system: You are a helpful assistant.
user:
Analyze the provided spectrum to determine if it is a **"Cataclysmic Variables (CV)"**.

- **Key Indicators for CV (Check for either state):**
    - **State 1: Quiescent / Low-State (Emission-Dominated)**
        - **(Primary):** Strong and *very broad* Hydrogen Balmer emission lines (e.g., $H\alpha$ at 6563 Å, $H\beta$ at 4861 Å). The 'broadness' (high velocity dispersion, often FWHM > 1000 km/s) is the key diagnostic, indicating a high-velocity accretion disk.
        - **(Secondary):** Broad neutral Helium (He I) emission lines (e.g., 5876 Å, 6678 Å).
        - **(Key Confirmation):** Presence of high-excitation *ionized* Helium (He II) emission at 4686 Å. This is a strong indicator of accretion onto a white dwarf.
        - **(Line Profile):** Emission lines may exhibit a 'double-peaked' profile, which is a classic signature of a rotating accretion disk viewed at high inclination.

    - **State 2: Outburst / High-State (Absorption-Dominated)**
        - **(Primary):** Spectrum is dominated by a bright, blue continuum (looks like a hot star).
        - **(Secondary):** The emission lines from State 1 are weak, absent, or 'filled in', and are replaced by broad, shallow *absorption* lines (primarily Balmer and He I).
        - **(Morphology):** The overall spectrum mimics a hot B/A-type star. The crucial difference is that the absorption lines are significantly broader, shallower, and more 'washed-out' (or 'smeared') than the sharp lines of a normal stellar photosphere, due to high rotational speeds and pressure broadening in the disk.

Think first, call **spectral_visualization_tool** if needed to examine features in detail, then provide your final answer. Your response must adhere to the following strict rules:
1.  **Overall Structure:** Your response must follow the format `<think>...</think> <tool_call>...</tool_call> (if a tool is used) <answer>...</answer>`.
2.  **Tool Usage Constraint:** You may only make **one** tool call per turn.
3.  **Final Answer Format:** In the `<answer>` tag, your conclusion must be inside a `\boxed{}` command (e.g., `\boxed{YES}`), followed by your justification.

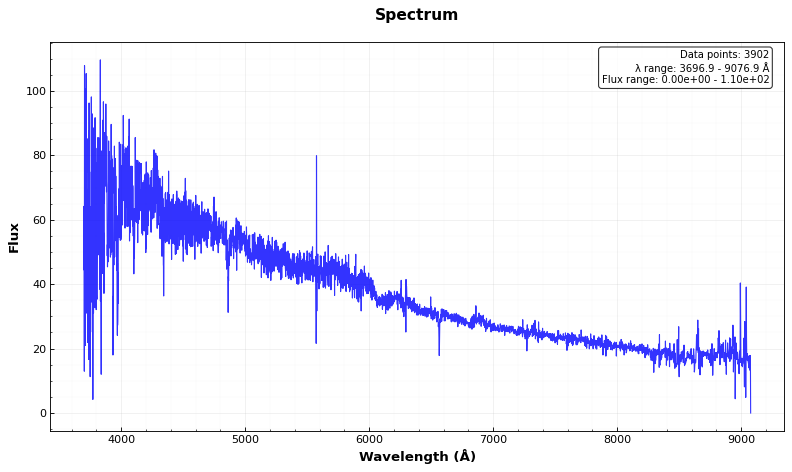
Answer: NO